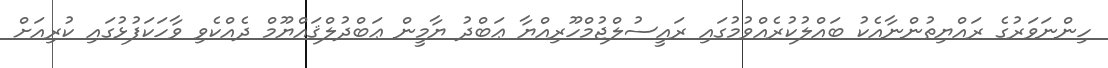
ހިންނަވަރުގެ ރައްޔިތުންނާއެކު ބައްލުކުރެއްވުމުގައި ރައީސުލްޖުމްހޫރިއްޔާ ޢަބްދު ޔާމީން ޢަބްދުލްޤައްޔޫމް ދެއްކެވި ވާހަކަފުޅުގައި ކުރިއަށް